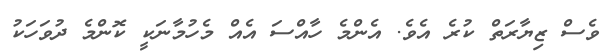
ވެސް ޒިޔާރަތް ކުރެ އެވެ. އެންމެ ހާއްސަ އެއް މެހުމާނަކީ ކޮންމެ ދުވަހަކު